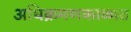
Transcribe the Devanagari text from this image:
अधिक्रमणकाळात